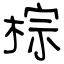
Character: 棕